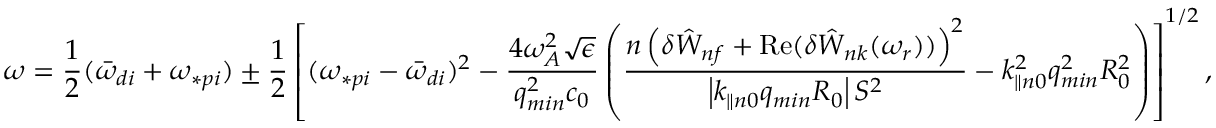
\omega = \frac { 1 } { 2 } ( { \bar { \omega } } _ { d i } + \omega _ { \ast p i } ) \pm \frac { 1 } { 2 } \left[ ( \omega _ { \ast p i } - { \bar { \omega } } _ { d i } ) ^ { 2 } - \frac { 4 \omega _ { A } ^ { 2 } \sqrt { \epsilon } } { q _ { m i n } ^ { 2 } c _ { 0 } } \left( \frac { n \left( \delta { \hat { W } } _ { n f } + \mathrm { R e } ( { \delta { \hat { W } } _ { n k } ( \omega _ { r } ) ) } \right) ^ { 2 } } { \left| k _ { \parallel n 0 } q _ { m i n } R _ { 0 } \right| S ^ { 2 } } - k _ { \parallel n 0 } ^ { 2 } q _ { m i n } ^ { 2 } R _ { 0 } ^ { 2 } \right) \right] ^ { 1 / 2 } ,